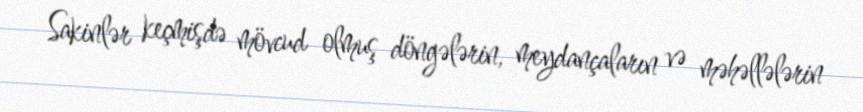
Sakinlər keçmişdə mövcud olmuş döngələrin, meydançaların və məhəllələrin